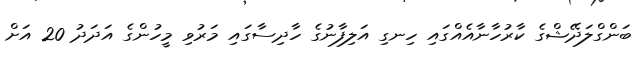
ބަންގްލަދޭޝްގެ ކާރުހާނާއެއްގައި ހިނގި އަލިފާނުގެ ހާދިސާގައި މަރުވި މީހުންގެ އަދަދު 20 އަށް